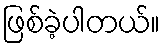
ဖြစ်ခဲ့ပါတယ်။